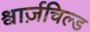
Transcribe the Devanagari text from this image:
श्वार्ज़चिल्ड